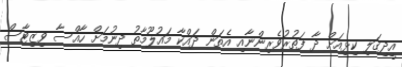
އީދިގަލި ކިޅިއަށް ދާ ފަތުރުވެރިންނާއި އެތަން ދައްކާ މައުލޫމާތު ދިނުމަށް ހާއްސާ ވިޒިޓާސް